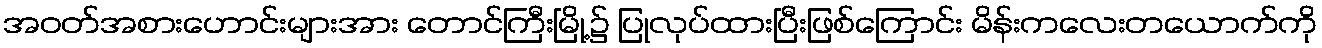
အဝတ်အစားဟောင်းများအား တောင်ကြီးမြို့၌ ပြုလုပ်ထားပြီးဖြစ်ကြောင်း မိန်းကလေးတယောက်ကို